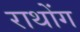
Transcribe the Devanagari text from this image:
राथोंग